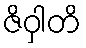
ဇိဝှါတိ